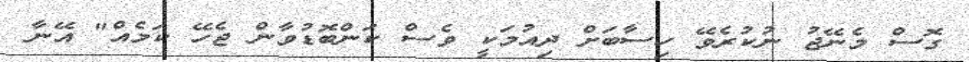
ގޮސް މެނޭޖު ނުކުރެވޭ ހިސާބަށް ދިއުމަކީ ވެސް ކަންބޮޑުވާން ޖެހޭ ކަމެއް" އޭނާ